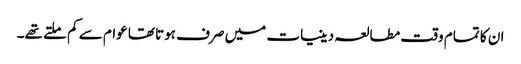
ان کا تمام وقت مطالعہ دینیات میں صرف ہوتا تھا عوام سے کم ملتے تھے۔